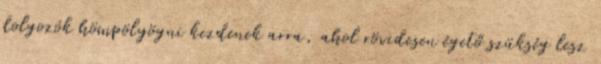
dolgozók hömpölyögni kezdenek arra, ahol rövidesen égető szükség lesz